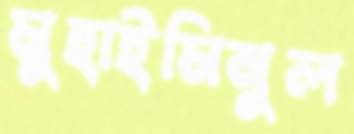
মুহাইমিনুল